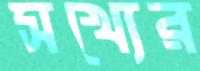
সখ্যের